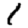
Digit: 1